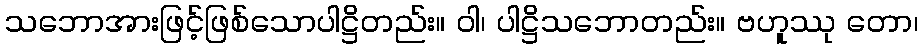
သဘောအားဖြင့်ဖြစ်သောပါဋ္ဌိတည်း။ ဝါ၊ ပါဋ္ဌိသဘောတည်း။ ဗဟူဿု တော၊